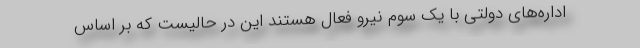
اداره‌های دولتی با یک سوم نیرو فعال هستند این در حالیست که بر اساس